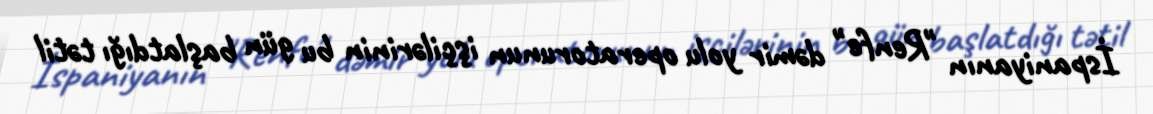
İspaniyanın "Renfe" dəmir yolu operatorunun işçilərinin bu gün başlatdığı tətil